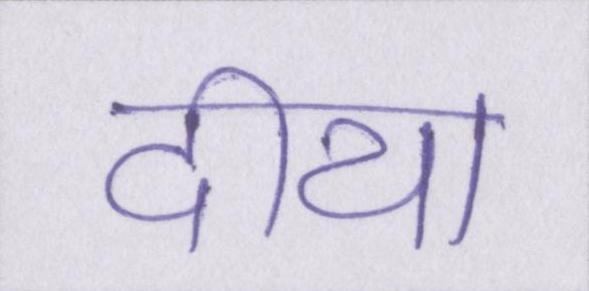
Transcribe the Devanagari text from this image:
दीया